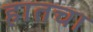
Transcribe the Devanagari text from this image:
हातचा